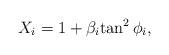
LaTeX: \begin{align*}X_i=1+{\beta_i}{\tan^2{\phi_i}},\end{align*}